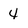
Character: 4